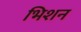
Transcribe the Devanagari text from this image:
भिशन